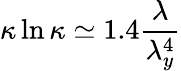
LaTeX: \kappa\ln\kappa\simeq 1.4\frac{\lambda}{\lambda_{y}^{4}}